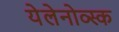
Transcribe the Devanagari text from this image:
येलेनोव्स्क